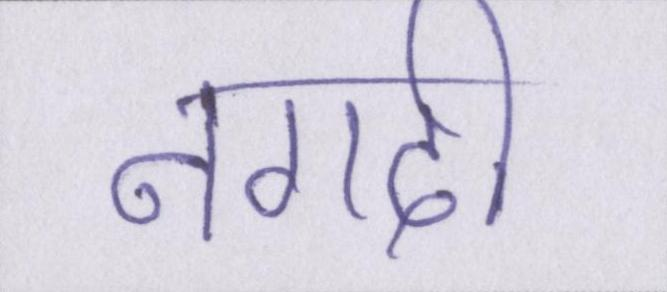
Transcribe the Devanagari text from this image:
नगदी